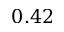
0 . 4 2